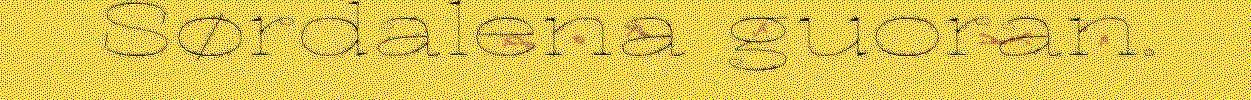
Sørdalena guoran.